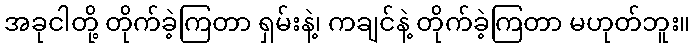
အခုငါတို့ တိုက်ခဲ့ကြတာ ရှမ်းနဲ့၊ ကချင်နဲ့ တိုက်ခဲ့ကြတာ မဟုတ်ဘူး။